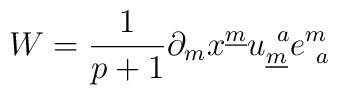
W={1\over{p+1}}\partial_{m} x^{\underline m}u^{~a}_{\underline m}e_{~a}^{m}